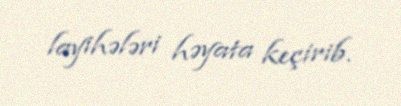
layihələri həyata keçirib.